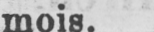
mois.